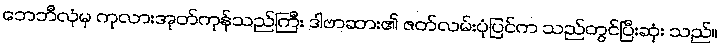
ဘေဘီလုံမှ ကုလားအုတ်ကုန်သည်ကြီး ဒါဗာဆား၏ ဇတ်လမ်းပုံပြင်က သည်တွင်ပြီးဆုံး သည်။